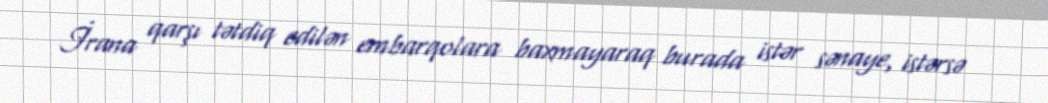
İrana qarşı tətdiq edilən embarqolara baxmayaraq burada istər sənaye, istərsə